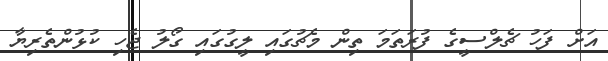
އަށް ފަހު ޗެލްސީގެ ފުރަތަމަ ތިން މެޗުގައި ލީގުގައި ގޯލު ޖެހި ކުޅުންތެރިޔާ